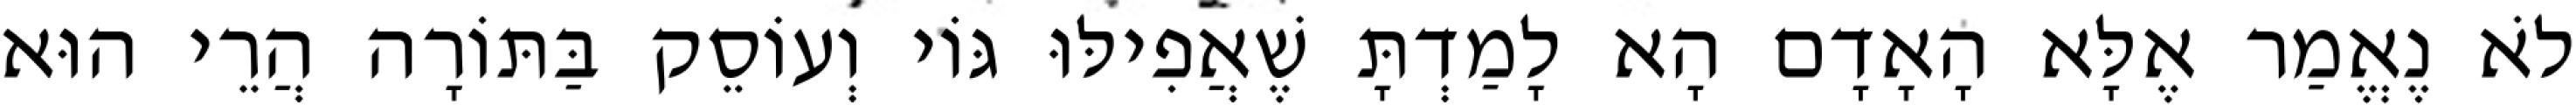
לֹא נֶאֱמַר אֶלָּא הָאָדָם הָא לָמַדְתָּ שֶׁאֲפִילּוּ גּוֹי וְעוֹסֵק בַּתּוֹרָה הֲרֵי הוּא